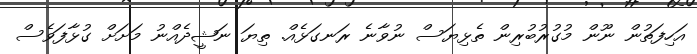
އަހިފަތުން ނޫން މުގުރުބުރިން ތެޅިޔަސް ނުވާނެ ރަނގަޅެއް. ތިޔަ ނަޝީދެއްނު މަށަށް ގުޅާފަވެސް